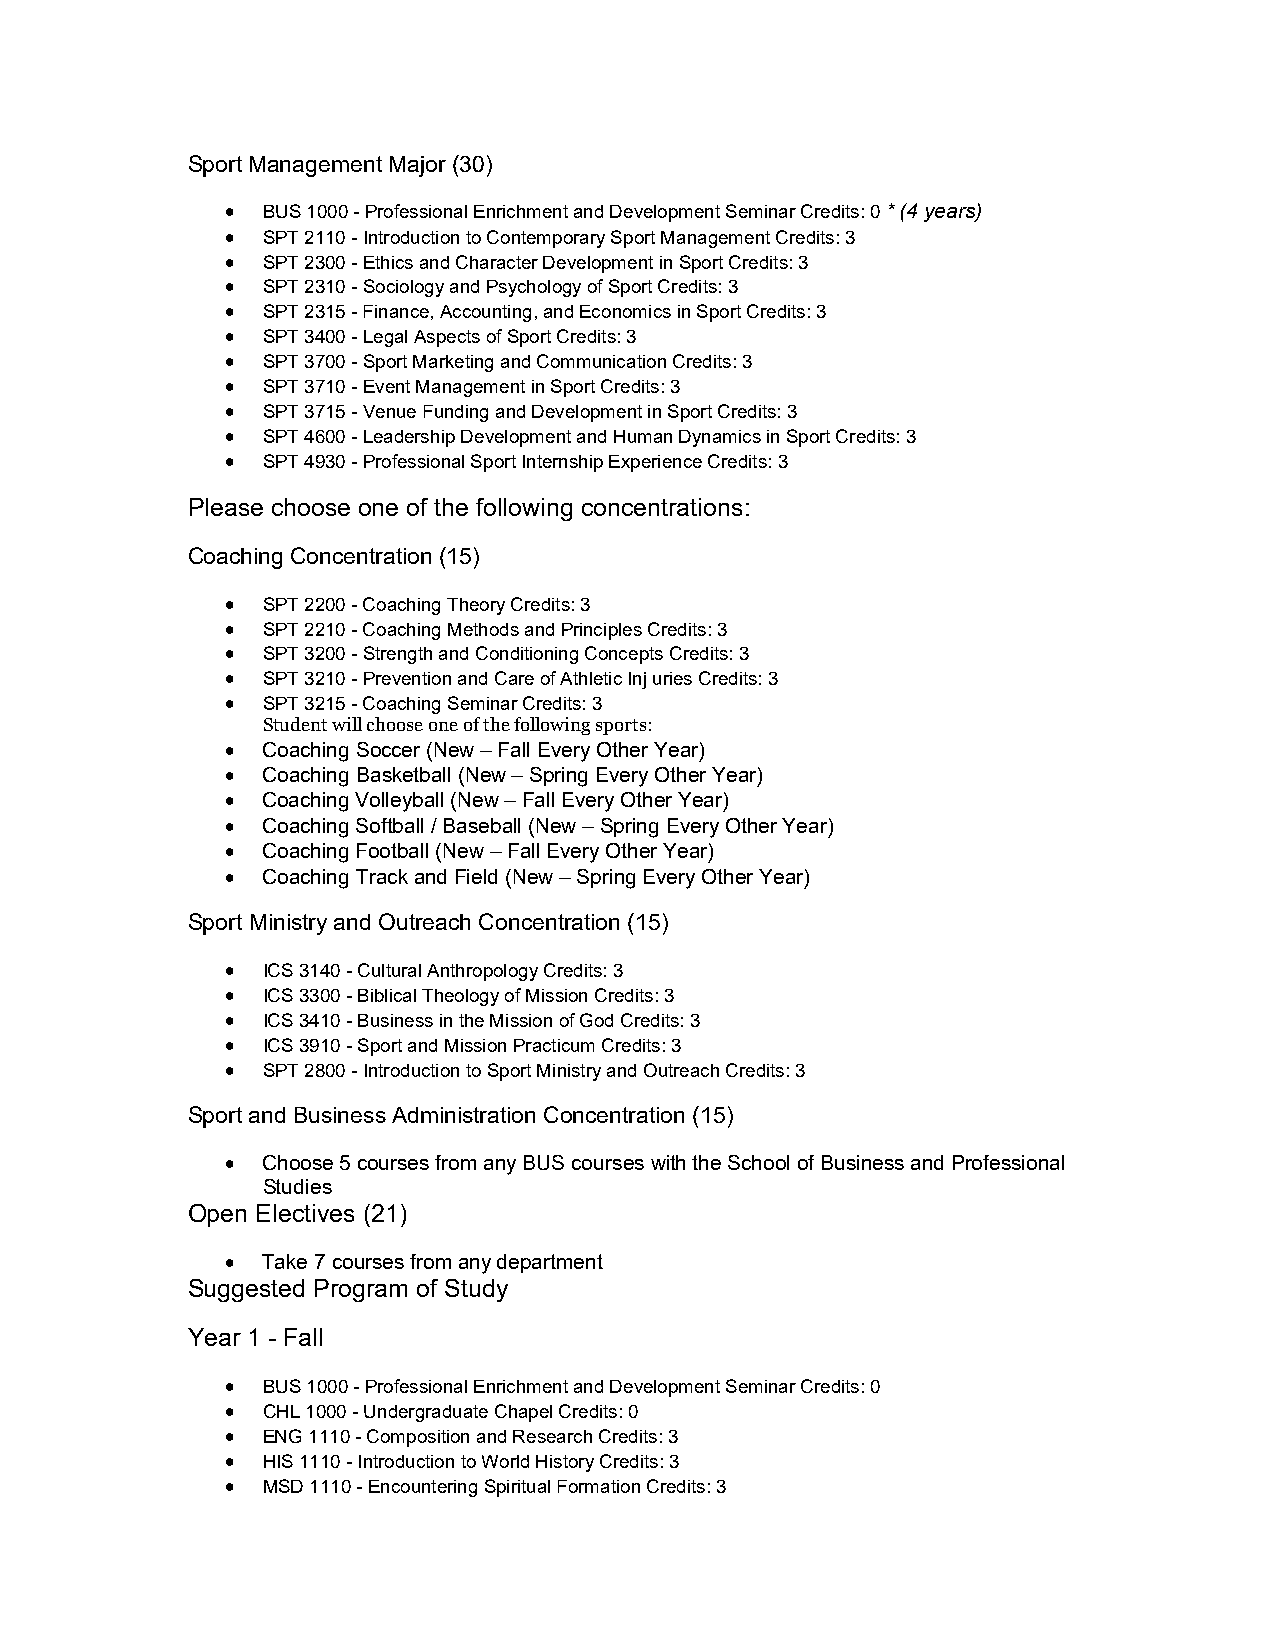
Sport Management Major (30)
  BUS 1000 - Professional Enrichment and Development Seminar Credits: 0 * (4 years)
  SPT 2110 - Introduction to Contemporary Sport Management Credits: 3
  SPT 2300 - Ethics and Character Development in Sport Credits: 3
  SPT 2310 - Sociology and Psychology of Sport Credits: 3
  SPT 2315 - Finance, Accounting, and Economics in Sport Credits: 3
  SPT 3400 - Legal Aspects of Sport Credits: 3
  SPT 3700 - Sport Marketing and Communication Credits: 3
  SPT 3710 - Event Management in Sport Credits: 3
  SPT 3715 - Venue Funding and Development in Sport Credits: 3
  SPT 4600 - Leadership Development and Human Dynamics in Sport Credits: 3
  SPT 4930 - Professional Sport Internship Experience Credits: 3
 Please choose one of the following concentrations:
 Coaching Concentration (15)
  SPT 2200 - Coaching Theory Credits: 3
  SPT 2210 - Coaching Methods and Principles Credits: 3
  SPT 3200 - Strength and Conditioning Concepts Credits: 3
  SPT 3210 - Prevention and Care of Athletic Inj uries Credits: 3
  SPT 3215 - Coaching Seminar Credits: 3
 Student will choose one of the following sports:
  Coaching Soccer (New – Fall Every Other Year)
  Coaching Basketball (New – Spring Every Other Year)
  Coaching Volleyball (New – Fall Every Other Year)
  Coaching Softball / Baseball (New – Spring Every Other Year)
  Coaching Football (New – Fall Every Other Year)
  Coaching Track and Field (New – Spring Every Other Year)
 Sport Ministry and Outreach Concentration (15)
  ICS 3140 - Cultural Anthropology Credits: 3
  ICS 3300 - Biblical Theology of Mission Credits: 3
  ICS 3410 - Business in the Mission of God Credits: 3
  ICS 3910 - Sport and Mission Practicum Credits: 3
  SPT 2800 - Introduction to Sport Ministry and Outreach Credits: 3
 Sport and Business Administration Concentration (15)
  Choose 5 courses from any BUS courses with the School of Business and Professional
 Studies
 Open Electives (21)
  Take 7 courses from any department
 Suggested Program of Study
 Year 1 - Fall
  BUS 1000 - Professional Enrichment and Development Seminar Credits: 0
  CHL 1000 - Undergraduate Chapel Credits: 0
  ENG 1110 - Composition and Research Credits: 3
  HIS 1110 - Introduction to World History Credits: 3
  MSD 1110 - Encountering Spiritual Formation Credits: 3